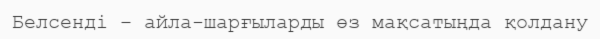
Белсенді – айла-шарғыларды өз мақсатыңда қолдану